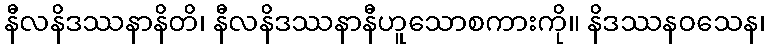
နီလနိဒဿနာနိတိ၊ နီလနိဒဿနာနီဟူသောစကားကို။ နိဒဿနဝသေန၊